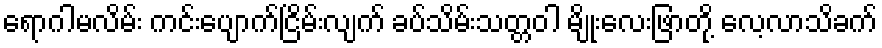
ရောဂါမလိမ်း ကင်းပျောက်ငြိမ်းလျက် ခပ်သိမ်းသတ္တဝါ မျိုးလေးဖြာတို့ လေ့လာသိခက်